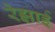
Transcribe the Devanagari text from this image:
रेझाई